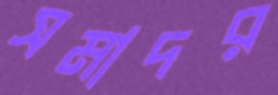
সমাদর